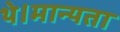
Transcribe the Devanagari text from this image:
थे।मान्यता